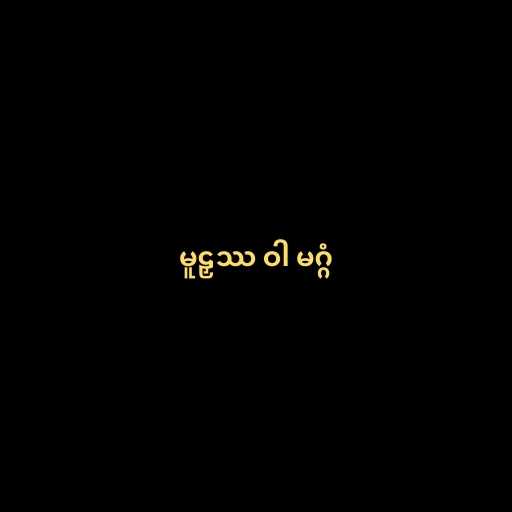
မူဠှဿ ဝါ မဂ္ဂံ